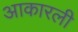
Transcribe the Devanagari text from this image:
आकारली